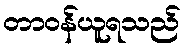
တာဝန်ယူရသည်